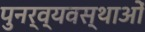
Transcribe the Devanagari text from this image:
पुनर्व्यवस्थाओं